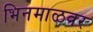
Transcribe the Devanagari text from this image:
भिनमाळवर